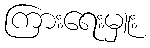
ကြားရေးမှူး